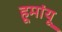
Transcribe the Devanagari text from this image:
हूमांयू